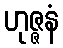
ဟုဇ္ဇနံ